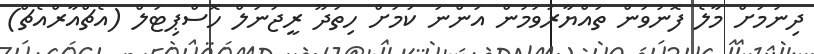
ދިނުމަށް މާލެ ފޮނުވަން ތައްޔާރުވަމުން އަންނަ ކަމަށް ހިތަދޫ ރީޖަނަލް ހޮސްޕިޓަލް (އެޗްއާރްއެޗް)